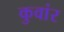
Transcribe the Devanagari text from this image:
कुवांर